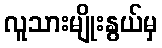
လူသားမျိုးနွယ်မှ